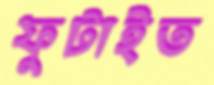
ফুটাইত